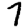
Digit: 7